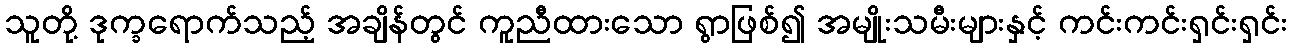
သူတို့ ဒုက္ခရောက်သည့် အချိန်တွင် ကူညီထားသော ရွာဖြစ်၍ အမျိုးသမီးများနှင့် ကင်းကင်းရှင်းရှင်း